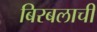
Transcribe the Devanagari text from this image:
बिरबलाची